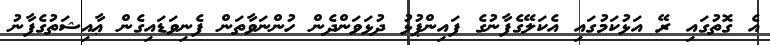
އެ ގޮތުގައި ރޭ އަޅުކަމުގައި އެކަލޭގެފާނުގެ ފައިންޕުޅު ދުޅަވަންދެން ހުންނަވާތަން ފެނިވަޑައިގެން ޢާއިޝަތުގެފާނު